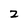
Character: 2